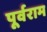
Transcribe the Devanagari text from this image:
पूर्वराम